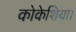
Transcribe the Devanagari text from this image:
कोकेशिया।